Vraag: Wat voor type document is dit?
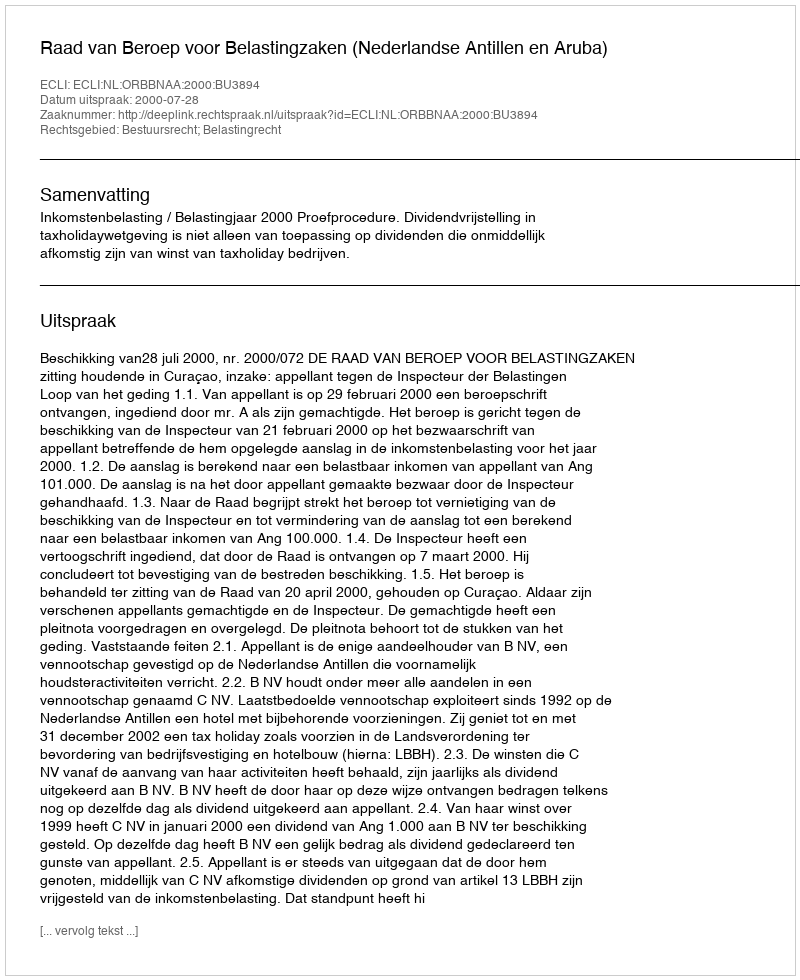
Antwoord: Uitspraak